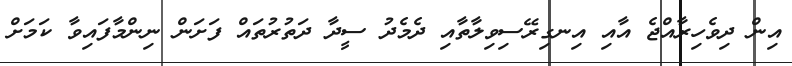
އިން ދިވެހިރާއްޖެ އާއި އިނގިރޭސިވިލާތާއި ދެމެދު ސީދާ ދަތުރުތައް ފަށަން ނިންމާފައިވާ ކަމަށް